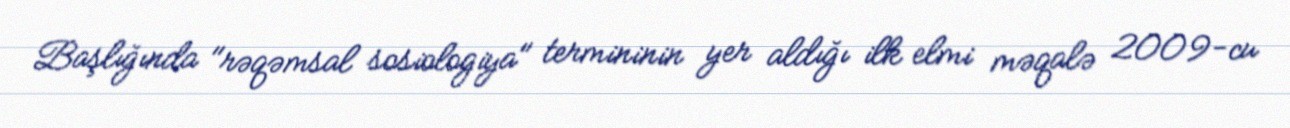
Başlığında "rəqəmsal sosiologiya" termininin yer aldığı ilk elmi məqalə 2009-cu